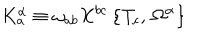
K _ { a } ^ { \alpha } \equiv \omega _ { a b } X ^ { b c } \, \bigr \{ T _ { c } , \, \Omega ^ { \alpha } \bigr \}